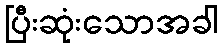
ပြီးဆုံးသောအခါ